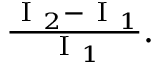
\begin{array} { r } { \frac { \mathrm { ~ I ~ } _ { 2 } - \mathrm { ~ I ~ } _ { 1 } } { \mathrm { ~ I ~ } _ { 1 } } . } \end{array}